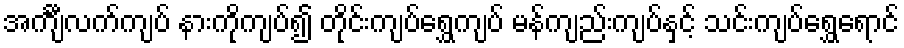
အင်္ကျီလက်ကျပ် နားကိုကျပ်၍ တိုင်းကျပ်ရွှေကျပ် မန်ကျည်းကျပ်နှင့် သင်းကျပ်ရွှေရောင်